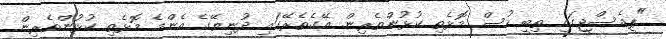
"ޕީއެސްޖީގައި ތިބީ ހުސް މޮޅެތި ކުޅުންތެރިން. އޭގެތެރޭގައި ދުނިޔޭގެ އެންމެ މޮޅެތި ކުޅުންތެރިން